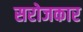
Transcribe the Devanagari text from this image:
सरोजकार